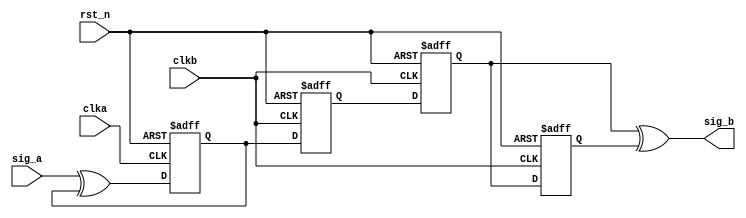
`timescale 100ps/100ps

module pulse_detect(
	input 				clka	, 
	input 				clkb	,   
	input 				rst_n		,
	input				sig_a		,

	output  	        sig_b
);
reg sig_a1,sig_a2,sig_a3,sig_a4;
wire xor1;

assign xor1=sig_a^sig_a1;

always @(posedge clka or negedge rst_n)
begin
if(!rst_n)
sig_a1<=0;
else
sig_a1<=xor1;
end

always @(posedge clkb or negedge rst_n)
begin
if(!rst_n)
begin
sig_a2<=0;
sig_a3<=0;
sig_a4<=0;
end
else
begin
sig_a2<=sig_a1;
sig_a3<=sig_a2;
sig_a4<=sig_a3;
end
end

assign sig_b=sig_a3^sig_a4;
endmodule